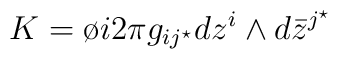
K= \o{i}{2\pi} g_{ij^\star} dz^i \wedge d {\bar z}^{j^\star}